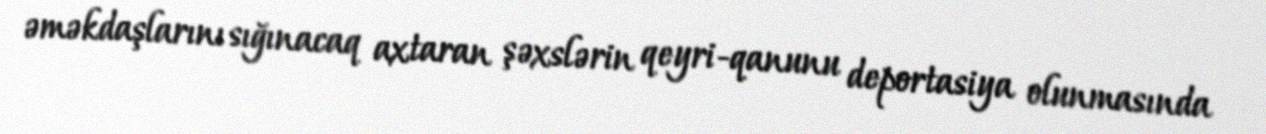
əməkdaşlarını sığınacaq axtaran şəxslərin qeyri-qanunu deportasiya olunmasında